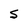
Character: S